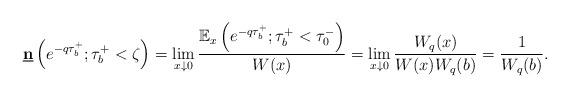
LaTeX: \begin{align*}\underline{\mathbf{n}}\left(e^{-q\tau_b^+};\tau_b^+<\zeta\right)=\lim_{x \downarrow 0}\frac{\mathbb{E}_x\left(e^{-q\tau_b^+};\tau_b^+<\tau_0^-\right)}{W(x)}=\lim_{x \downarrow 0}\frac{W_q(x)}{W(x)W_q(b)}=\frac{1}{W_q(b)}.\end{align*}